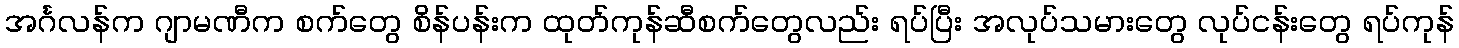
အင်္ဂလန်က ဂျာမဏီက စက်တွေ စိန်ပန်းက ထုတ်ကုန်ဆီစက်တွေလည်း ရပ်ပြီး အလုပ်သမားတွေ လုပ်ငန်းတွေ ရပ်ကုန်